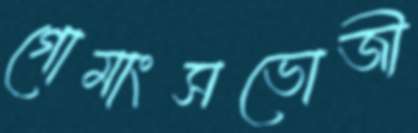
গোমাংসভোজী